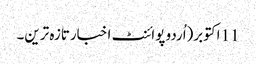
11 اکتوبر(اُردو پوائنٹ اخبارتازہ ترین۔